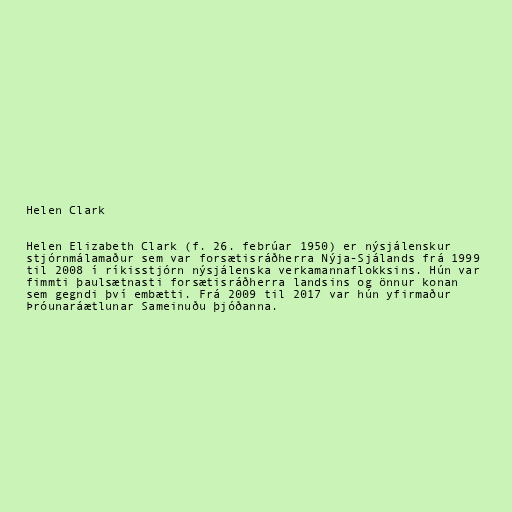
Helen Clark

Helen Elizabeth Clark (f. 26. febrúar 1950) er nýsjálenskur
stjórnmálamaður sem var forsætisráðherra Nýja-Sjálands frá 1999
til 2008 í ríkisstjórn nýsjálenska verkamannaflokksins. Hún var
fimmti þaulsætnasti forsætisráðherra landsins og önnur konan
sem gegndi því embætti. Frá 2009 til 2017 var hún yfirmaður
Þróunaráætlunar Sameinuðu þjóðanna.